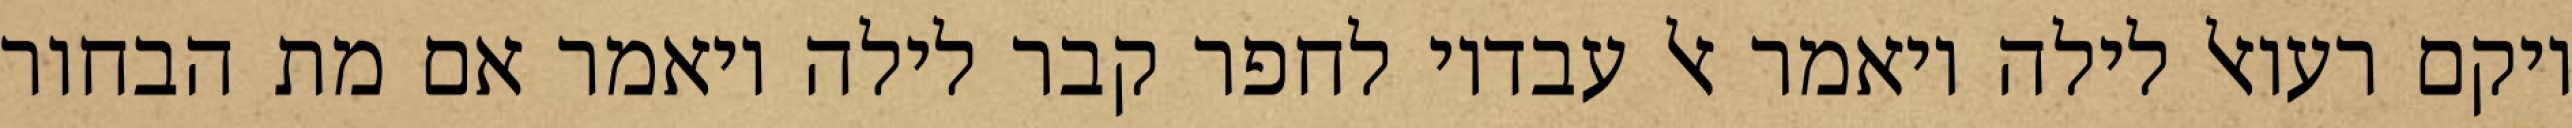
ויקם רעואל לילה ויאמר אל עבדיו לחפר קבר לילה ויאמר אם מת הבחור